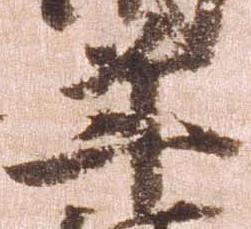
年